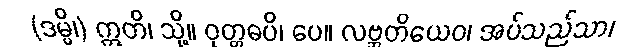
(ဒမ္မိ၊) ဣတိ၊ သို့။ ဝုတ္တဓပိ၊ ပေ။ လဗ္ဘတိယေဝ၊ အပ်သည်သာ၊